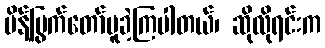
မိန့်မြွက်တော်မူခဲ့ကြပါတယ်၊ ဆိုလိုရင်းက